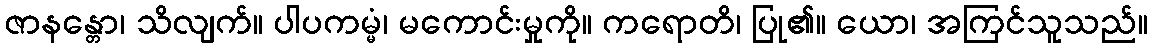
ဇာနန္တော၊ သိလျက်။ ပါပကမ္မံ၊ မကောင်းမှုကို။ ကရောတိ၊ ပြု၏။ ယော၊ အကြင်သူသည်။